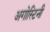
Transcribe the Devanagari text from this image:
अगोस्टिनी